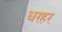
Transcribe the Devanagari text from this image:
धरहर